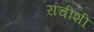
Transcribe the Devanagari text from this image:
रांचीशी